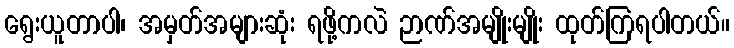
ရွေးယူတာပါ၊ အမှတ်အများဆုံး ရဖို့ကလဲ ဉာဏ်အမျိုးမျိုး ထုတ်ကြရပါတယ်။